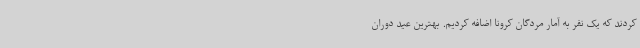
کردند که یک‌ نفر به آمار مردگان کرونا اضافه کردیم. بهترین عید دوران